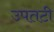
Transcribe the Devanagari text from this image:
उपतटी